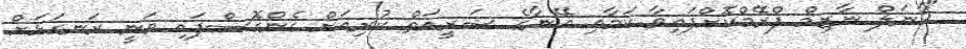
"ކާނަލް ނާޒިމް ފްރޭމްކޮށްފައިވާ ކަމާއި އޭނާގެ ޝަރީއަތް ކުރިއަށް ގެންގޮސްފައި ވަނީ ރަނގަޅަށް